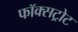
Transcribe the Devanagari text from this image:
फॉक्सट्रोट